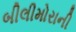
બીલીમોરાની